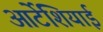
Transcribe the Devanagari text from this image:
आर्टेशियाई